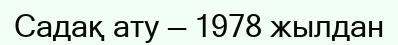
Садақ ату — 1978 жылдан